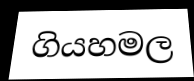
ගියහමල